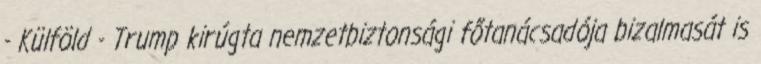
- Külföld - Trump kirúgta nemzetbiztonsági főtanácsadója bizalmasát is